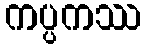
ကပ္ပကဿ